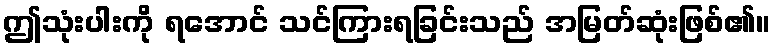
ဤသုံးပါးကို ရအောင် သင်ကြားရခြင်းသည် အမြတ်ဆုံးဖြစ်၏။